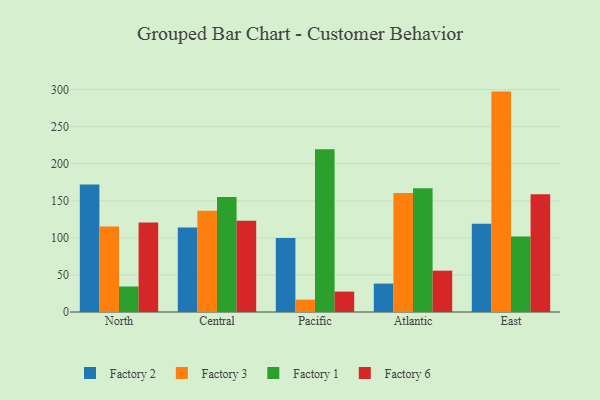
{"axis": {"x": "Region", "y": "Bounce Rate (%)"}, "legend": ["Factory 1", "Factory 2", "Factory 3", "Factory 6"], "data": [{"x": "North", "y": 171.9, "type": "Factory 2"}, {"x": "North", "y": 115.4, "type": "Factory 3"}, {"x": "North", "y": 34.4, "type": "Factory 1"}, {"x": "North", "y": 120.8, "type": "Factory 6"}, {"x": "Central", "y": 113.9, "type": "Factory 2"}, {"x": "Central", "y": 136.5, "type": "Factory 3"}, {"x": "Central", "y": 155.1, "type": "Factory 1"}, {"x": "Central", "y": 123.2, "type": "Factory 6"}, {"x": "Pacific", "y": 99.7, "type": "Factory 2"}, {"x": "Pacific", "y": 16.7, "type": "Factory 3"}, {"x": "Pacific", "y": 219.5, "type": "Factory 1"}, {"x": "Pacific", "y": 27.5, "type": "Factory 6"}, {"x": "Atlantic", "y": 38.3, "type": "Factory 2"}, {"x": "Atlantic", "y": 160.6, "type": "Factory 3"}, {"x": "Atlantic", "y": 167.0, "type": "Factory 1"}, {"x": "Atlantic", "y": 55.7, "type": "Factory 6"}, {"x": "East", "y": 118.9, "type": "Factory 2"}, {"x": "East", "y": 297.2, "type": "Factory 3"}, {"x": "East", "y": 101.8, "type": "Factory 1"}, {"x": "East", "y": 158.7, "type": "Factory 6"}]}